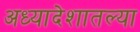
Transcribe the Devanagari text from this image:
अध्यादेशातल्या